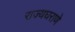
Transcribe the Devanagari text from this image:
राज्यघराणे